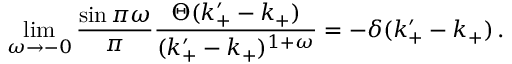
\operatorname * { l i m } _ { \omega \rightarrow - 0 } \frac { \sin \pi \omega } { \pi } \frac { \Theta ( k _ { + } ^ { \prime } - k _ { + } ) } { ( k _ { + } ^ { \prime } - k _ { + } ) ^ { 1 + \omega } } = - \delta ( k _ { + } ^ { \prime } - k _ { + } ) \, .